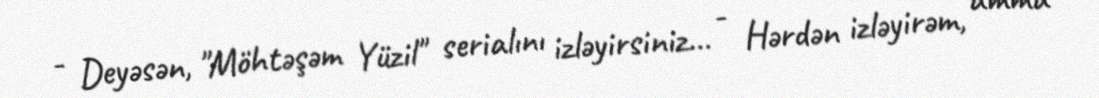
- Deyəsən, "Möhtəşəm Yüzil" serialını izləyirsiniz... - Hərdən izləyirəm, amma